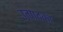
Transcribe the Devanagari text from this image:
उत्पादका